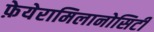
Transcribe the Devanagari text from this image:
फ़ेयेरामिलानोसिटी